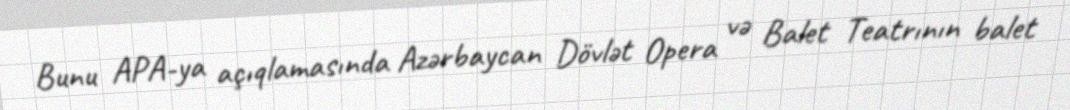
Bunu APA-ya açıqlamasında Azərbaycan Dövlət Opera və Balet Teatrının balet